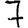
Digit: 7